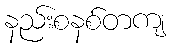
နည်းစနစ်တကျ